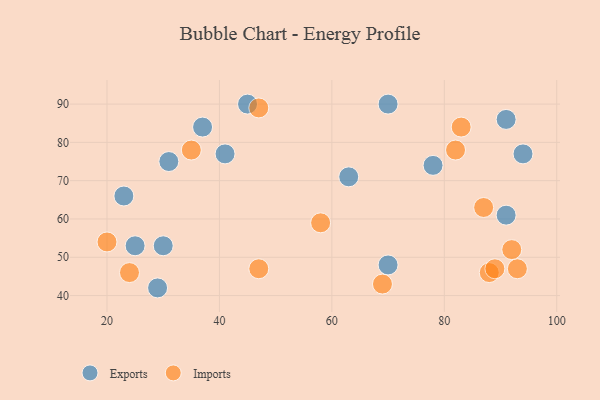
{"axis": {"x": "GDP", "y": "Life Expectancy"}, "legend": ["Exports", "Imports"], "data": [{"x": "30", "y": 53, "type": "Exports"}, {"x": "94", "y": 77, "type": "Exports"}, {"x": "63", "y": 71, "type": "Exports"}, {"x": "25", "y": 53, "type": "Exports"}, {"x": "70", "y": 48, "type": "Exports"}, {"x": "91", "y": 61, "type": "Exports"}, {"x": "45", "y": 90, "type": "Exports"}, {"x": "29", "y": 42, "type": "Exports"}, {"x": "37", "y": 84, "type": "Exports"}, {"x": "91", "y": 86, "type": "Exports"}, {"x": "23", "y": 66, "type": "Exports"}, {"x": "78", "y": 74, "type": "Exports"}, {"x": "31", "y": 75, "type": "Exports"}, {"x": "41", "y": 77, "type": "Exports"}, {"x": "70", "y": 90, "type": "Exports"}, {"x": "83", "y": 84, "type": "Imports"}, {"x": "35", "y": 78, "type": "Imports"}, {"x": "87", "y": 63, "type": "Imports"}, {"x": "82", "y": 78, "type": "Imports"}, {"x": "69", "y": 43, "type": "Imports"}, {"x": "47", "y": 47, "type": "Imports"}, {"x": "88", "y": 46, "type": "Imports"}, {"x": "24", "y": 46, "type": "Imports"}, {"x": "58", "y": 59, "type": "Imports"}, {"x": "93", "y": 47, "type": "Imports"}, {"x": "20", "y": 54, "type": "Imports"}, {"x": "92", "y": 52, "type": "Imports"}, {"x": "89", "y": 47, "type": "Imports"}, {"x": "47", "y": 89, "type": "Imports"}]}